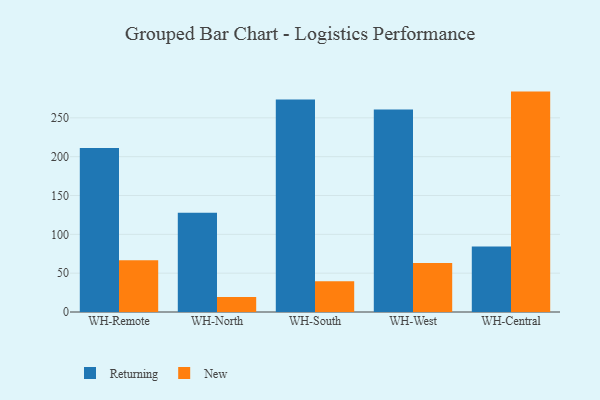
{"axis": {"x": "Warehouse", "y": "Gross Profit (USD K)"}, "legend": ["New", "Returning"], "data": [{"x": "WH-Remote", "y": 211.1, "type": "Returning"}, {"x": "WH-Remote", "y": 66.6, "type": "New"}, {"x": "WH-North", "y": 127.9, "type": "Returning"}, {"x": "WH-North", "y": 19.3, "type": "New"}, {"x": "WH-South", "y": 273.7, "type": "Returning"}, {"x": "WH-South", "y": 39.7, "type": "New"}, {"x": "WH-West", "y": 260.6, "type": "Returning"}, {"x": "WH-West", "y": 63.1, "type": "New"}, {"x": "WH-Central", "y": 84.4, "type": "Returning"}, {"x": "WH-Central", "y": 283.8, "type": "New"}]}